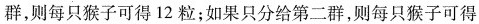
群，则每只猴子可得12粒；如果只分给第二群，则每只猴子可得